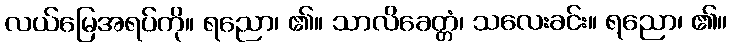
လယ်မြေအရပ်ကို။ ရညော၊ ၏။ သာလိခေတ္တံ၊ သလေးခင်း။ ရညော၊ ၏။